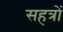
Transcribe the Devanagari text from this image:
सहत्रों